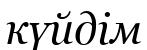
күйдім